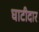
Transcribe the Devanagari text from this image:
घाटीदार